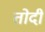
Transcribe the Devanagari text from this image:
तोदी